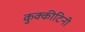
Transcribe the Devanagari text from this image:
कुक्कीटिनी